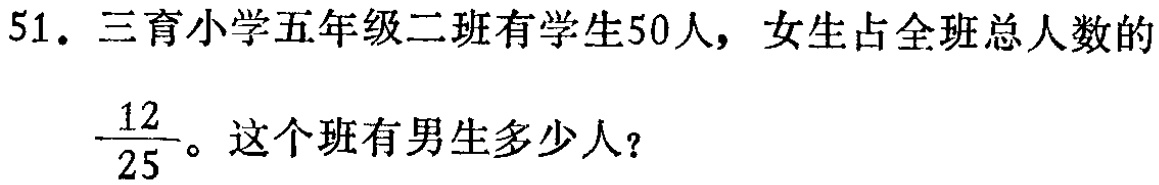
51. 三育小学五年级二班有学生50人，女生占全班总人数的$\frac{12}{25}$。这个班有男生多少人？